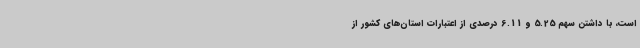
است، با داشتن سهم 5.25 و 6.11 درصدی از اعتبارات استان‌های کشور از